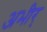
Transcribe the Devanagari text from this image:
अभीर्